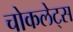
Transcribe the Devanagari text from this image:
चोकलेट्स